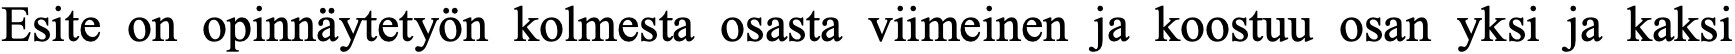
Esite on opinnäytetyön kolmesta osasta viimeinen ja koostuu osan yksi ja kaksi